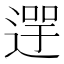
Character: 𨕓